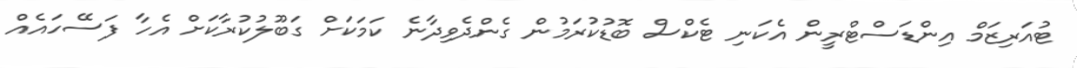
ޓުއަރިޒަމް އިންޑަސްޓްރީން އެކަނި ޓެކްސް ބޮޑުކުރަމުން ގެންދެވިދާނެ ކަމަކަށް ގަބޫލުކުރާކަށް އެހާ ފަސޭހައެއް